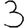
Digit: 3